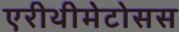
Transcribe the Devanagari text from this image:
एरीथीमेटोसस